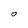
Character: 0